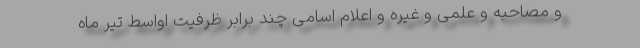
و مصاحبه و علمی و غیره و اعلام اسامی چند برابر ظرفیت اواسط تیر ماه